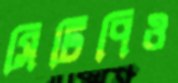
সিটিপিও